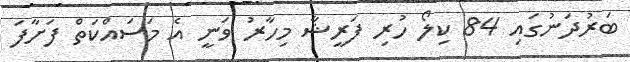
ބަރުދަނުގައި 84 ކިލޯ ހުރި ފަރީޝާ މިހާރު ވަނީ އެ މަސައްކަތް ފަށާފަ